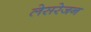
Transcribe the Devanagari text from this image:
लेसरेजन